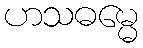
ဟသဓမ္မေ